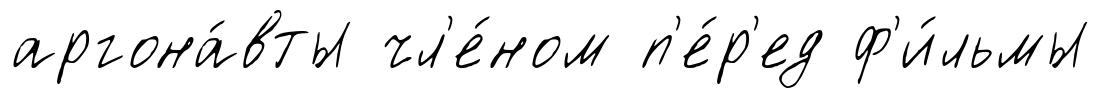
аргона́вты чл'е́ном п'е́р'ед ф'и́льмы